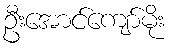
ဦးအောင်ကျော်မိုး